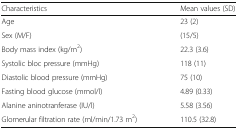
<table><thead><tr><td><b>Characteristics</b></td><td><b>Mean values (SD)</b></td></tr></thead><tbody><tr><td>Age</td><td>23 (2)</td></tr><tr><td>Sex (M/F)</td><td>(15/5)</td></tr><tr><td>Body mass index (kg/m<sup>2</sup>)</td><td>22.3 (3.6)</td></tr><tr><td>Systolic bloc pressure (mmHg)</td><td>118 (11)</td></tr><tr><td>Diastolic blood pressure (mmHg)</td><td>75 (10)</td></tr><tr><td>Fasting blood glucose (mmol/l)</td><td>4.89 (0.33)</td></tr><tr><td>Alanine aninotranferase (IU/l)</td><td>5.58 (3.56)</td></tr><tr><td>Glomerular filtration rate (ml/min/1.73 m<sup>2</sup>)</td><td>110.5 (32.8)</td></tr></tbody></table>